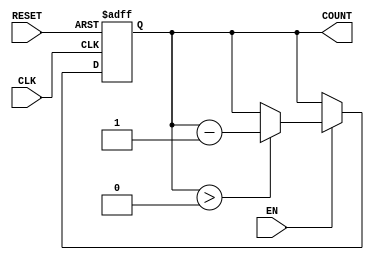
module DecrementalCounter (
    input wire CLK,      // Clock signal
    input wire RESET,    // Asynchronous reset signal
    input wire EN,       // Enable signal for decrementing
    output reg [3:0] COUNT // 4-bit current value of the counter
);

// Specify the initial value of the counter
parameter INITIAL_VALUE = 4'b1111; // Example: counting down from 15

// Counter logic
always @(posedge CLK or posedge RESET) begin
    if (RESET) begin
        // On reset, set the counter to the initial value
        COUNT <= INITIAL_VALUE;
    end else if (EN) begin
        // If enabled, decrement the counter unless it's already zero
        if (COUNT > 0) begin
            COUNT <= COUNT - 1;
        end
    end
    // If EN is low, the counter retains its value
end

endmodule